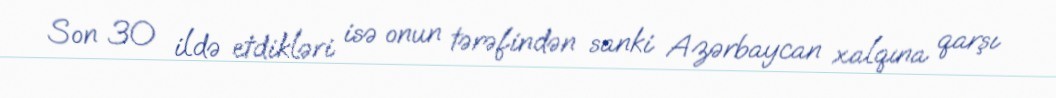
Son 30 ildə etdikləri isə onun tərəfindən sanki Azərbaycan xalqına qarşı